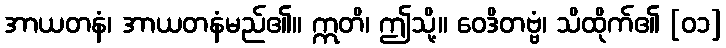
အာယတနံ၊ အာယတနံမည်၏။ ဣတိ၊ ဤသို့။ ဝေဒိတဗ္ဗံ၊ သိထိုက်၏ [၀၁]